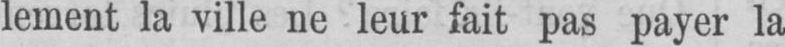
lement la ville ne leur fait pas payer la